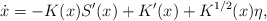
\begin{align*}\dot{x}=-K(x)S'(x)+K'(x)+K^{1/2}(x)\eta,\end{align*}